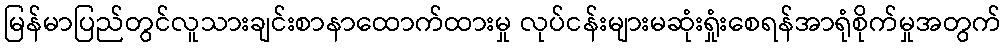
မြန်မာပြည်တွင်လူသားချင်းစာနာထောက်ထားမှု လုပ်ငန်းများမဆုံးရှုံးစေရန်အာရုံစိုက်မှုအတွက်